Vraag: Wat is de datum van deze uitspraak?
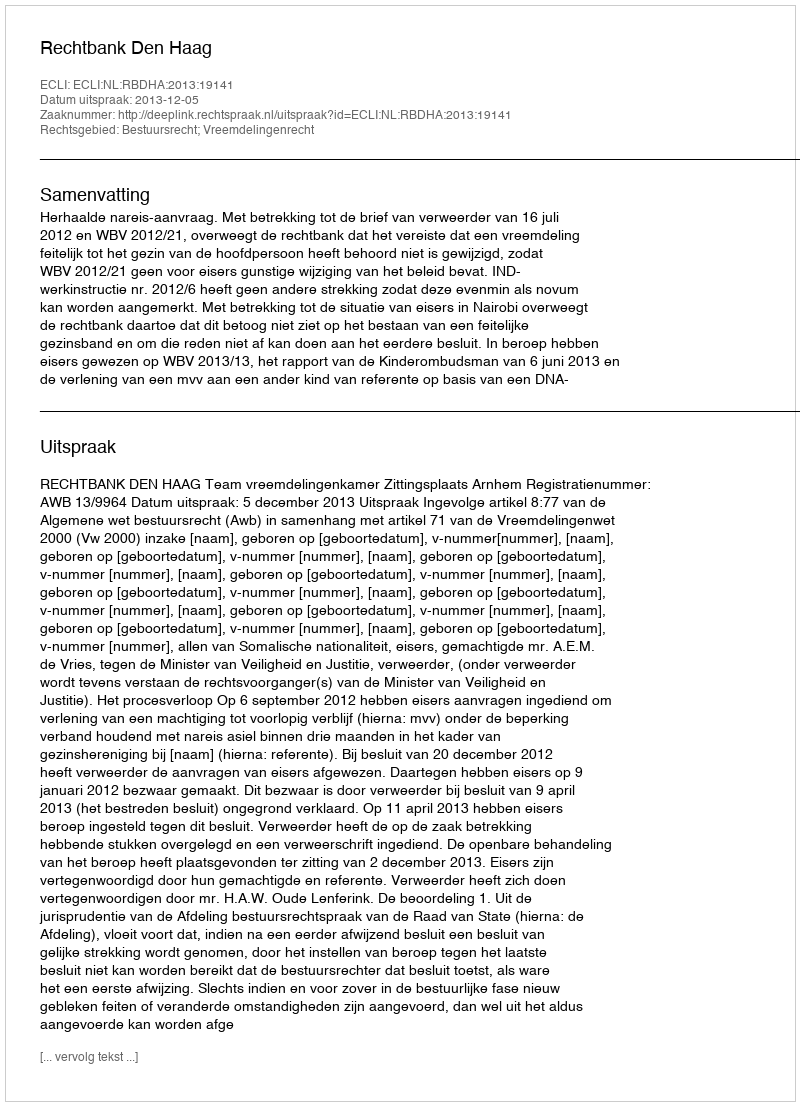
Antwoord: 2013-12-05